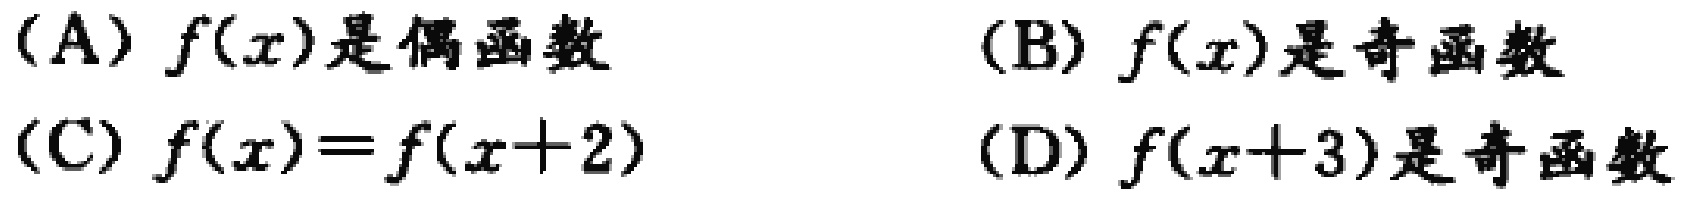
(A) \(f(x)\)是偶函数
(B) \(f(x)\)是奇函数
(C) \(f(x)=f(x + 2)\)
(D) \(f(x + 3)\)是奇函数